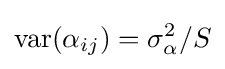
\mathrm {var} (\alpha _{ij})=\sigma _{\alpha }^{2}/S